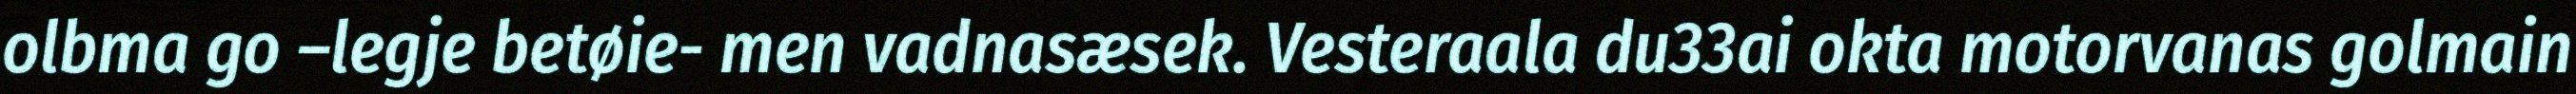
olbma go –legje betøie- men vadnasæsek. Vesteraala du33ai okta motorvanas golmain